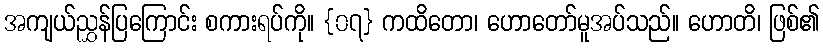
အကျယ်ညွှန်ပြကြောင်း စကားရပ်ကို။ {၀၇} ကထိတော၊ ဟောတော်မူအပ်သည်။ ဟောတိ၊ ဖြစ်၏